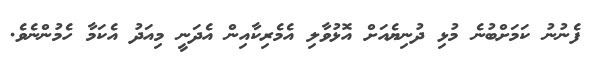
ފެނުނު ކަމަށްބުނެ މުޅި ދުނިޔެއަށް އޮޅުވާލި އެމެރިކާއިން އެދަނީ މިއަދު އެކަމާ ހެމުންނެވެ.